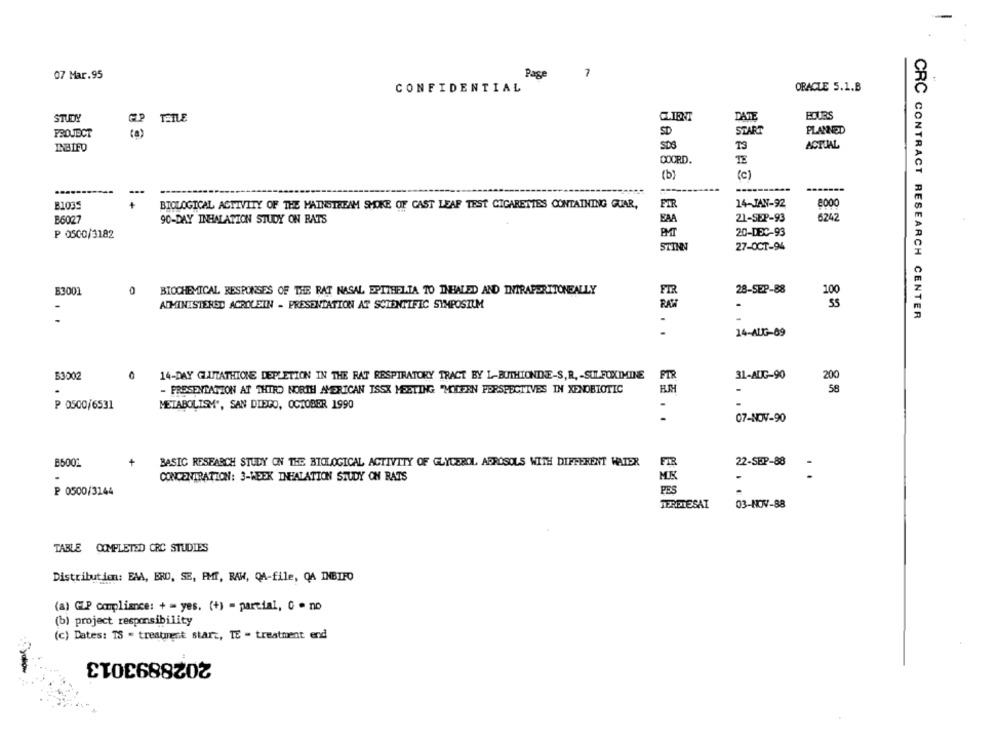
07 Mar.95
Page
-
CONFIDENTIAL
ORACLE 5.1.B
STUDY
TEILE
CLIENT
DATE
PROJECT
SD
START
PLANNED
INBIED
SDS
T3
ACTUAL
DOCRD.
(b)
(c)
...----
B1035
BIOLOGICAL ACTIVITY OF THE MAINSTREAM SMOKE OF CAST LEAF TEST CIGARETTES CONTAINING GUAR,
FIR
14-JAN-92
8000
B6027
90-DAY INHALATION STUDY ON RATS
EAA
21-SEP-93
6242
P 0500/3182
20-DEC-93
STINN
27-OCT-94
0
28-SEP-88
B3001
BIOCHEMICAL RESPONSES OF THE RAT NASAL EPITHELTA TO INHALED AND INTRAPERITONEALLY
8h
ADMINISTERED ACROLEIN - PRESENTATION AT SCIENTIFIC SYMPOSIUM
.
CRC CONTRACT RESEARCH CENTER
14-AUG-09
53002
14-DAY GLUTATHIONE DEPLETION IN THE RAT RESPIRATORY TRACT BY L-BUTHIONINE-S, R, - SULFOXIMINE
PTR
31-AUG-90
200
- PRESENTATION AT THIRD NORTH AMERICAN ISSK MEETING "MOIEEN PERSPECTIVES IN XENOBIOTIC
-
58
₱ 0500/6531
METABOLISM", SAN DIEGO, OCTOBER 1990
-
07-NOV-90
22-SEP-88
B5001
+
BASIC RESEARCH STUDY ON THE BIOLOGICAL ACTIVITY OF GLYCEROL APROSOLS WITH DIFFERENT WATER
FIR
-
.
CONCENTRATION: 3-WEEK INHALATION STUDY ON RATS
MK
-
PES
0500/3144
TERETESAT
03-NOV-88
TABLE COMPLETED CRC STUDIES
Distribution: EAA, BRO, SE, PMT, RAW, QA-file, QA INBIFO
(a) CLP compliance: + = yes. (+) = parcial, 0 - no
(b) project responsibility
(c) Dates: TS - treatingst starz, TE - treatment end
2028893013